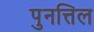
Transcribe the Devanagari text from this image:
पुनत्तिल